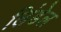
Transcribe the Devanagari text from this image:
लिंडेल